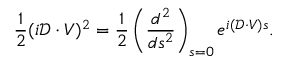
\frac { 1 } { 2 } ( i \mathcal { D } \cdot V ) ^ { 2 } = \frac { 1 } { 2 } \left( \frac { d ^ { 2 } } { d s ^ { 2 } } \right) _ { s = 0 } e ^ { i ( \mathcal { D } \cdot V ) s } .